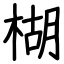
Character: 楜